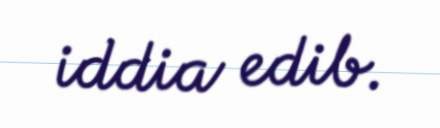
iddia edib.